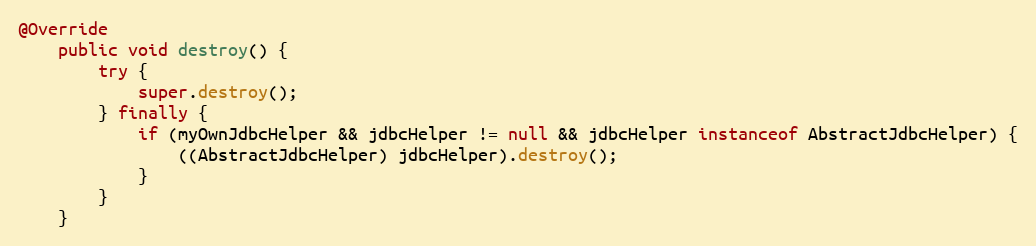
Language: Java
@Override
    public void destroy() {
        try {
            super.destroy();
        } finally {
            if (myOwnJdbcHelper && jdbcHelper != null && jdbcHelper instanceof AbstractJdbcHelper) {
                ((AbstractJdbcHelper) jdbcHelper).destroy();
            }
        }
    }